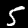
Digit: 5